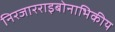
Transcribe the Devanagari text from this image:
निरजारराइबोनाभिकीय